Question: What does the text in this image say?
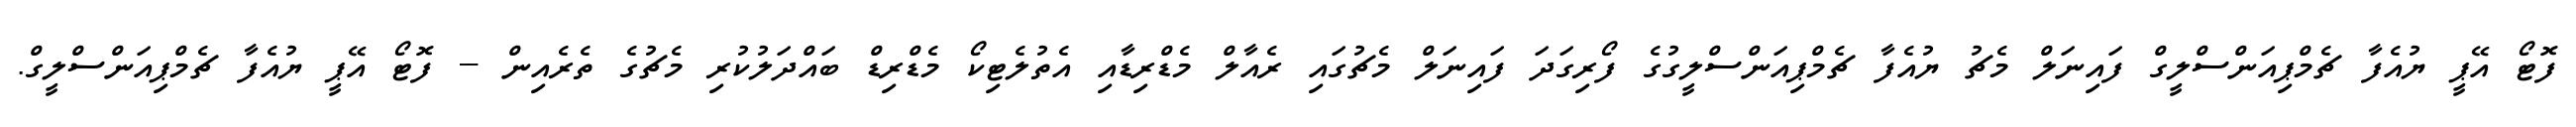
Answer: ފޮޓޯ އޭޕީ ޔުއެފާ ޗެމްޕިއަންސްލީގް ފައިނަލް މެޗު ޔުއެފާ ޗެމްޕިއަންސްލީގުގެ ފޯރިގަދަ ފައިނަލް މެޗުގައި ރެއާލް މެޑްރިޑާއި އެތުލެޓިކޯ މެޑްރިޑް ބައްދަލުކުރި މެޗުގެ ތެރެއިން -- ފޮޓޯ އޭޕީ ޔުއެފާ ޗެމްޕިއަންސްލީގް.